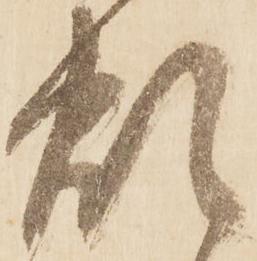
煩